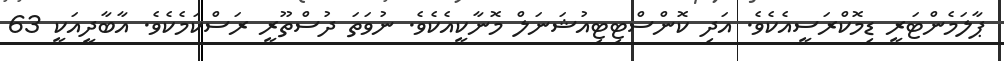
ޕާލަމެންޓަރީ ޑިމޮކްރަސީއެކެވެ. އަދި ކޮންސްޓިޓިއުޝަނަލް މޮނާކީއެކެވެ. ނުވަތަ ދުސްތޫރީ ރަސްކަމެކެވެ. އާބާދީއަކީ 63